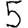
Digit: 5